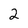
Character: 2